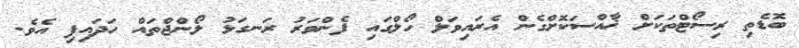
ބޮޑެތި ރިސޯޓްތަކަށް ޚާއްސަކޮށްގެން އެރައިވަލް ހޯލްގައި ފެންވަރު ރަނގަޅު ލޯންޖްތައް ހަދައިފި އެވެ.